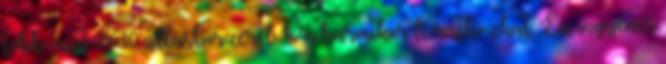
több mint 2630 állásbörzéről. Ön bármikor leiratkozhat. Ez ingyenes